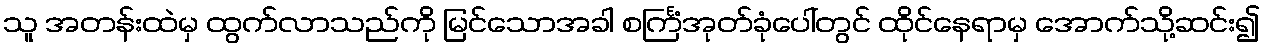
သူ အတန်းထဲမှ ထွက်လာသည်ကို မြင်သောအခါ စင်္ကြံအုတ်ခုံပေါ်တွင် ထိုင်နေရာမှ အောက်သို့ဆင်း၍